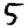
Digit: 5